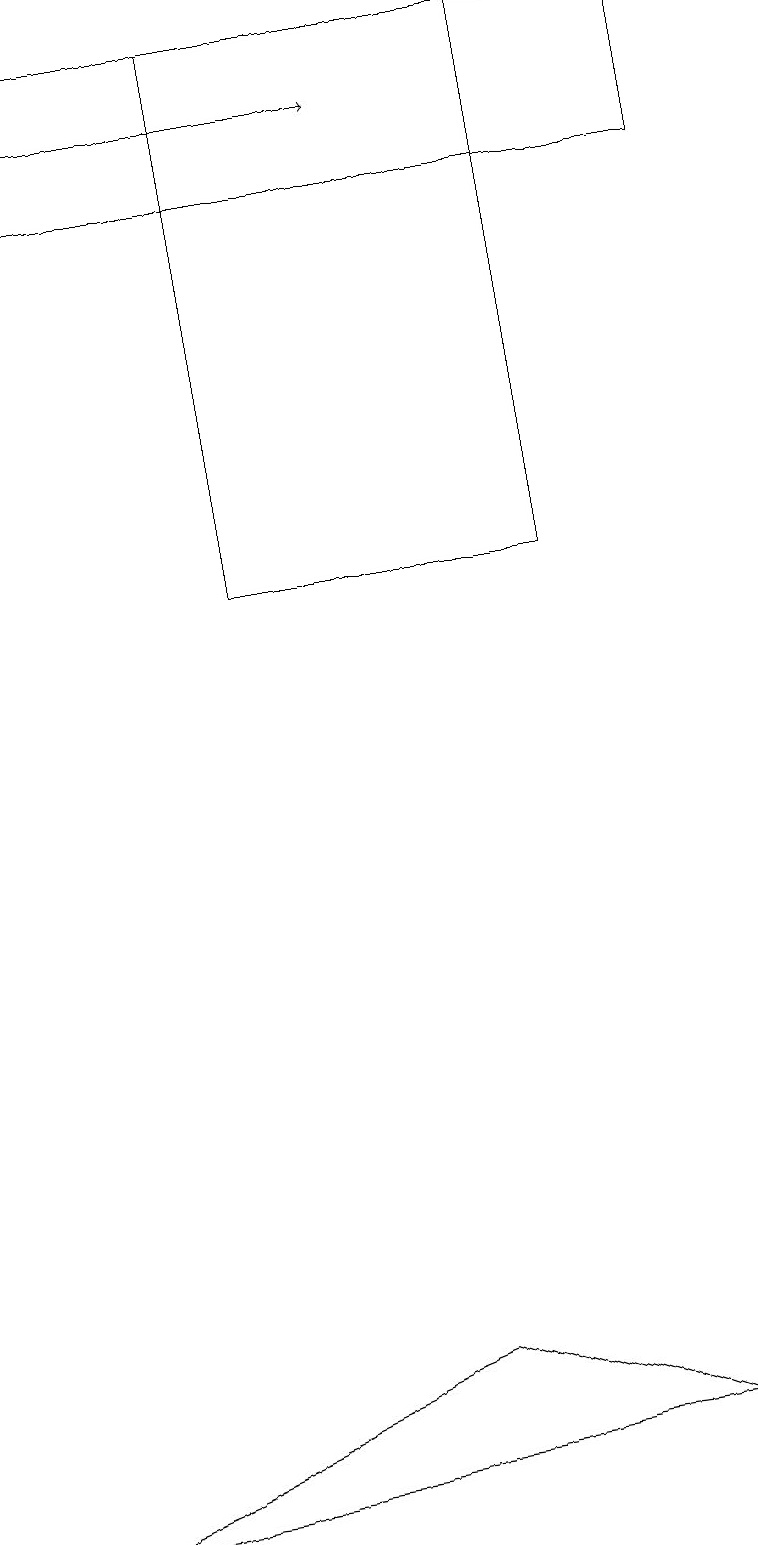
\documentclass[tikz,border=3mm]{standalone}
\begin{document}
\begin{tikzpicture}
\draw (0,0) -- (5,2) -- (8,1) -- cycle;
\draw (3,19) rectangle (7,12);
\draw (0,17) rectangle (9,19);
\draw[->] (0,18) -- (5,18);
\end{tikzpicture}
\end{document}